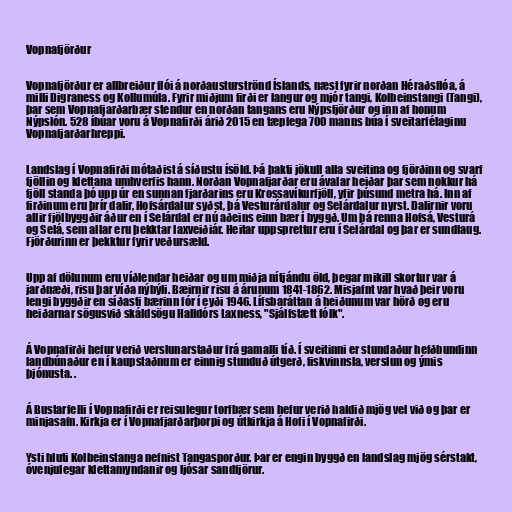
Vopnafjörður

Vopnafjörður er allbreiður flói á norðausturströnd Íslands, næst fyrir norðan Héraðsflóa, á
milli Digraness og Kollumúla. Fyrir miðjum firði er langur og mjór tangi, Kolbeinstangi (Tangi),
þar sem Vopnafjarðarbær stendur en norðan tangans eru Nýpsfjörður og inn af honum
Nýpslón. 528 íbúar voru á Vopnafirði árið 2015 en tæplega 700 manns búa í sveitarfélaginu
Vopnafjarðarhreppi.

Landslag í Vopnafirði mótaðist á síðustu ísöld. Þá þakti jökull alla sveitina og fjörðinn og svarf
fjöllin og klettana umhverfis hann. Norðan Vopnafjarðar eru ávalar heiðar þar sem nokkur há
fjöll standa þó upp úr en sunnan fjarðarins eru Krossavíkurfjöll, yfir þúsund metra há. Inn af
firðinum eru þrír dalir, Hofsárdalur syðst, þá Vesturárdalur og Selárdalur nyrst. Dalirnir voru
allir fjölbyggðir áður en í Selárdal er nú aðeins einn bær í byggð. Um þá renna Hofsá, Vesturá
og Selá, sem allar eru þekktar laxveiðiár. Heitar uppsprettur eru í Selárdal og þar er sundlaug.
Fjörðurinn er þekktur fyrir veðursæld.

Upp af dölunum eru víðlendar heiðar og um miðja nítjándu öld, þegar mikill skortur var á
jarðnæði, risu þar víða nýbýli. Bæirnir risu á árunum 1841-1862. Misjafnt var hvað þeir voru
lengi byggðir en síðasti bærinn fór í eyði 1946. Lífsbaráttan á heiðunum var hörð og eru
heiðarnar sögusvið skáldsögu Halldórs Laxness, "Sjálfstætt fólk".

Á Vopnafirði hefur verið verslunarstaður frá gamalli tíð. Í sveitinni er stundaður hefðbundinn
landbúnaður en í kaupstaðnum er einnig stunduð útgerð, fiskvinnsla, verslun og ýmis
þjónusta. .

Á Bustarfelli í Vopnafirði er reisulegur torfbær sem hefur verið haldið mjög vel við og þar er
minjasafn. Kirkja er í Vopnafjarðarþorpi og útkirkja á Hofi í Vopnafirði.

Ysti hluti Kolbeinstanga nefnist Tangasporður. Þar er engin byggð en landslag mjög sérstakt,
óvenjulegar klettamyndanir og ljósar sandfjörur.